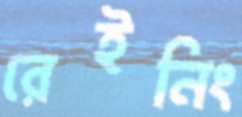
রেইনিং